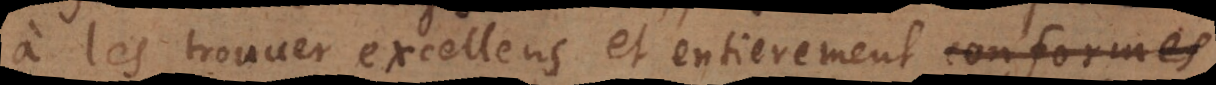
à les trouver excellens et entierement conformes